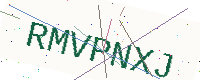
Text: RMVPNXJ